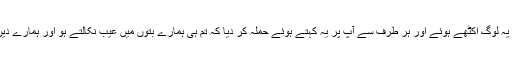
پھر دوسرے روز یہ لوگ اکٹھے ہوئے اور ہر طرف سے آپؐ پر یہ کہتے ہوئے حملہ کر دیا کہ تم ہی ہمارے بتوں میں عیب نکالتے ہو اور ہمارے دین کو برا کہتے ہو۔